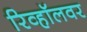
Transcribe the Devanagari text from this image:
रिव्हॉलवर